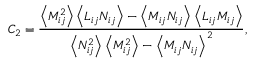
\quad { C _ { 2 } } = \frac { { \left\langle { M _ { i j } ^ { 2 } } \right\rangle \left\langle { { L } _ { i j } { N _ { i j } } } \right\rangle - \left\langle { { M _ { i j } } { N _ { i j } } } \right\rangle \left\langle { { L } _ { i j } { M _ { i j } } } \right\rangle } } { { \left\langle { N _ { i j } ^ { 2 } } \right\rangle \left\langle { M _ { i j } ^ { 2 } } \right\rangle - { { \left\langle { { M _ { i j } } { N _ { i j } } } \right\rangle } ^ { 2 } } } } ,